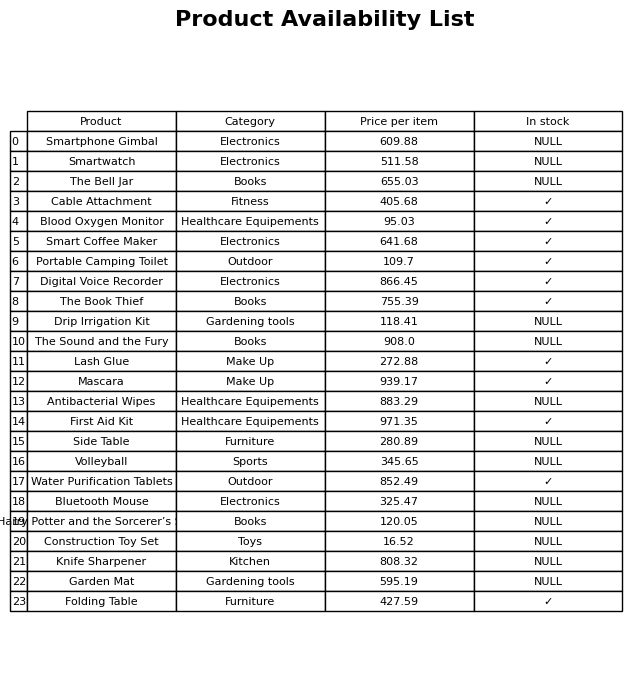
question: What is the price for Antibacterial Wipes?
answer: The price of Antibacterial Wipes is 883.29.